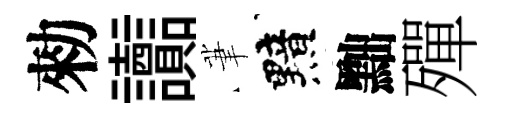
勑讟茟黯黜殫